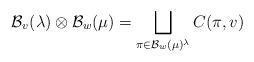
LaTeX: \begin{align*}\mathcal{B}_v(\lambda) \otimes \mathcal{B}_w(\mu) = \bigsqcup_{\pi \in \mathcal{B}_w(\mu)^\lambda} C(\pi, v)\end{align*}